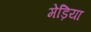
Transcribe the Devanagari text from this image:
मेड़िया